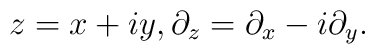
z = x+iy, \partial_{z} = \partial_{x} - i\partial_{y}.